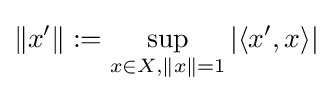
\left\|x'\right\|:=\sup _{x\in X,\|x\|=1}\left|\left\langle x',x\right\rangle \right|